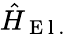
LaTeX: \hat{H}_{\mathrm{~E~l~.~}}